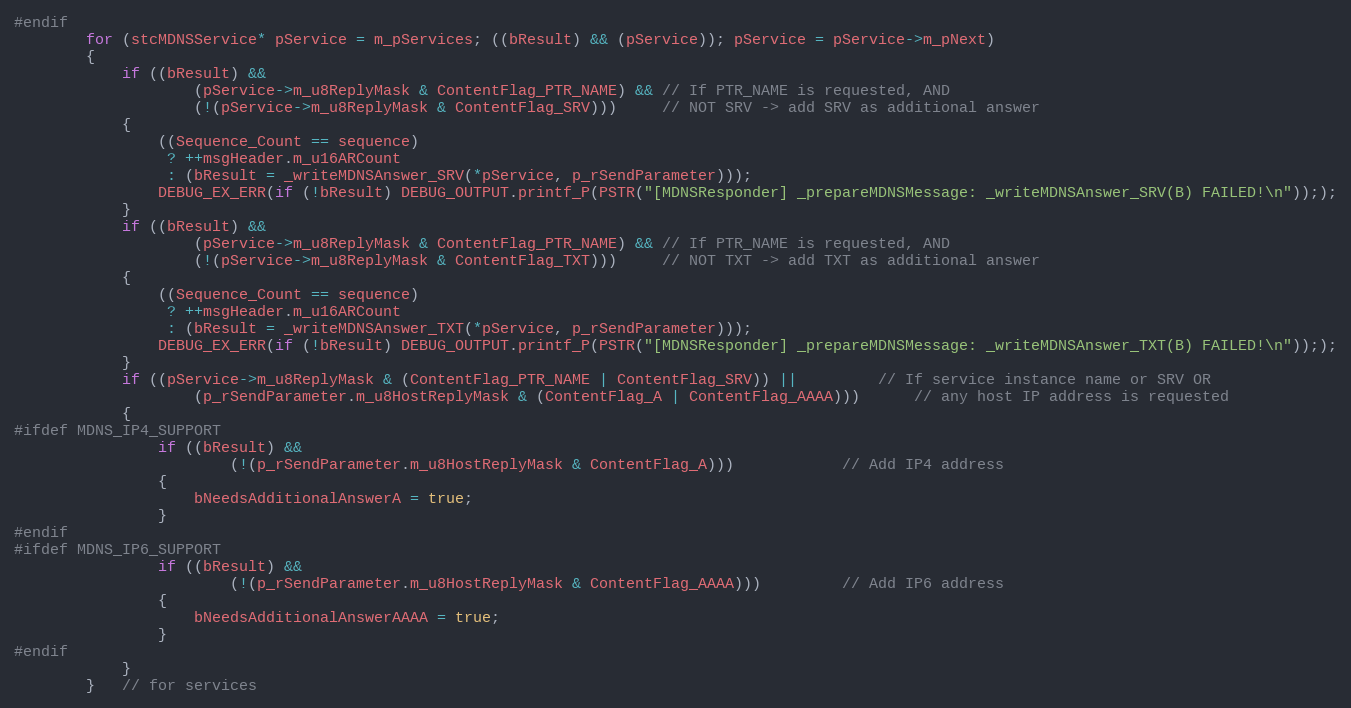
Language: C++
#endif
        for (stcMDNSService* pService = m_pServices; ((bResult) && (pService)); pService = pService->m_pNext)
        {
            if ((bResult) &&
                    (pService->m_u8ReplyMask & ContentFlag_PTR_NAME) && // If PTR_NAME is requested, AND
                    (!(pService->m_u8ReplyMask & ContentFlag_SRV)))     // NOT SRV -> add SRV as additional answer
            {
                ((Sequence_Count == sequence)
                 ? ++msgHeader.m_u16ARCount
                 : (bResult = _writeMDNSAnswer_SRV(*pService, p_rSendParameter)));
                DEBUG_EX_ERR(if (!bResult) DEBUG_OUTPUT.printf_P(PSTR("[MDNSResponder] _prepareMDNSMessage: _writeMDNSAnswer_SRV(B) FAILED!\n")););
            }
            if ((bResult) &&
                    (pService->m_u8ReplyMask & ContentFlag_PTR_NAME) && // If PTR_NAME is requested, AND
                    (!(pService->m_u8ReplyMask & ContentFlag_TXT)))     // NOT TXT -> add TXT as additional answer
            {
                ((Sequence_Count == sequence)
                 ? ++msgHeader.m_u16ARCount
                 : (bResult = _writeMDNSAnswer_TXT(*pService, p_rSendParameter)));
                DEBUG_EX_ERR(if (!bResult) DEBUG_OUTPUT.printf_P(PSTR("[MDNSResponder] _prepareMDNSMessage: _writeMDNSAnswer_TXT(B) FAILED!\n")););
            }
            if ((pService->m_u8ReplyMask & (ContentFlag_PTR_NAME | ContentFlag_SRV)) ||         // If service instance name or SRV OR
                    (p_rSendParameter.m_u8HostReplyMask & (ContentFlag_A | ContentFlag_AAAA)))      // any host IP address is requested
            {
#ifdef MDNS_IP4_SUPPORT
                if ((bResult) &&
                        (!(p_rSendParameter.m_u8HostReplyMask & ContentFlag_A)))            // Add IP4 address
                {
                    bNeedsAdditionalAnswerA = true;
                }
#endif
#ifdef MDNS_IP6_SUPPORT
                if ((bResult) &&
                        (!(p_rSendParameter.m_u8HostReplyMask & ContentFlag_AAAA)))         // Add IP6 address
                {
                    bNeedsAdditionalAnswerAAAA = true;
                }
#endif
            }
        }   // for services